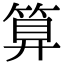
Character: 算